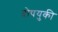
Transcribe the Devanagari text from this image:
दोषयुकी